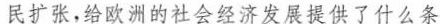
民扩张，给欧洲的社会经济发展提供了什么条